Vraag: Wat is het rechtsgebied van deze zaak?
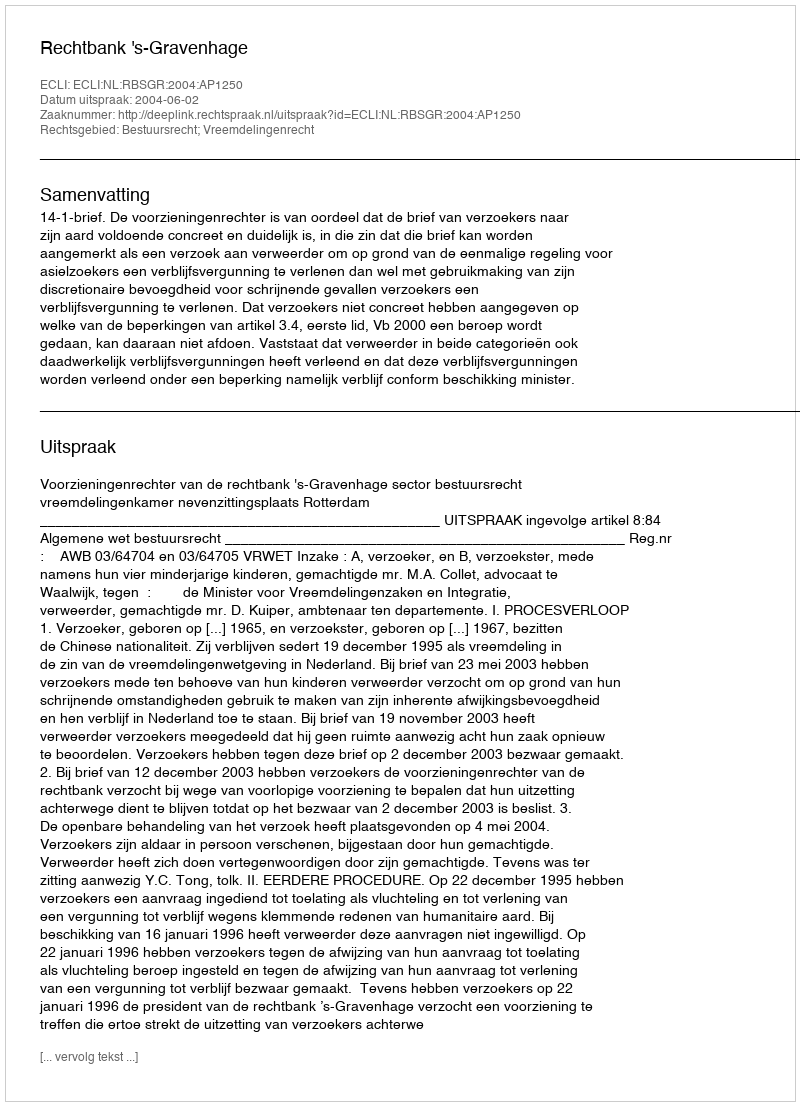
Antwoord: Bestuursrecht; Vreemdelingenrecht